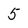
Character: 5